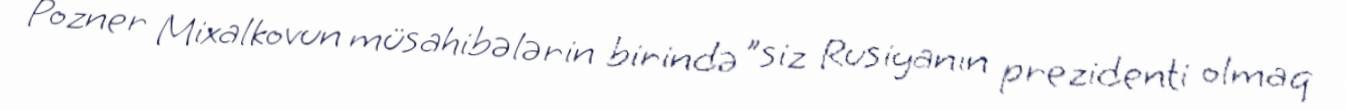
Pozner Mixalkovun müsahibələrin birində "siz Rusiyanın prezidenti olmaq